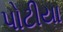
પોટીયા